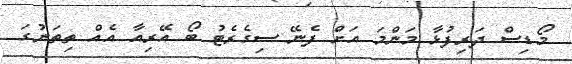
މޯޑިސް ދަރިފުޅާ މަންމަ އަށް ފެނޭ ސިގެރެޓު ބޯ އޭރިއާ އެއް ތިތަނުގަ